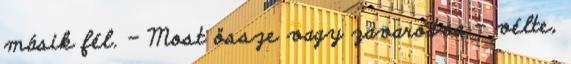
másik fél. - Most össze vagy zavarodva – vélte,